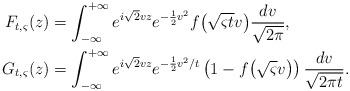
LaTeX: \begin{align*}F_{t,\varsigma}(z) & = \int_{-\infty}^{+\infty} e^{i\sqrt{2}vz} e^{-\frac{1}{2}v^2} f\big(\sqrt{\varsigma t}v\big) \frac{dv}{\sqrt{2\pi}} ,\\G_{t,\varsigma}(z) & = \int_{-\infty}^{+\infty} e^{i\sqrt{2}vz} e^{-\frac{1}{2}v^2/t} \left( 1 - f\big(\sqrt{\varsigma}v\big) \right) \frac{dv}{\sqrt{2\pi t}} .\\\end{align*}